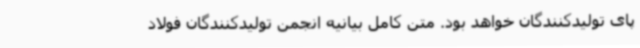
پای تولیدکنندگان خواهد بود. متن کامل بیانیه انجمن تولیدکنندگان فولاد